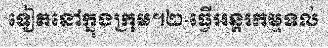
ទៀតនៅក្នុងក្រុម។២-ធ្វើអន្តរកម្មទល់